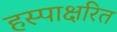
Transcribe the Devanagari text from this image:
हस्पाक्षरित